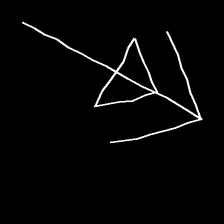
Glyph: pull